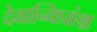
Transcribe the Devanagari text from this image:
देवान्विप्रांश्च